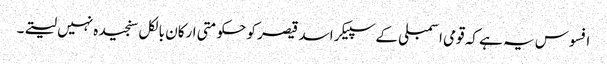
افسوس یہ ہے کہ قومی اسمبلی کے سپیکر اسد قیصر کو حکومتی ارکان بالکل سنجیدہ نہیں لیتے۔